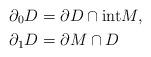
LaTeX: \begin{align*}\partial_{0}D&=\partial D\cap\mathrm{int}M,\\\partial_{1}D&=\partial M\cap D\end{align*}